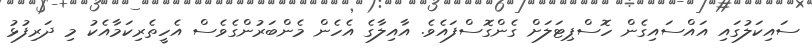
ސައިކަލުގައި އައްސައިގެން ހޮސްޕިޓަލަށް ގެންގޮސްފައެވެ. އާއިލާގެ އެހެން މެންބަރުންގެވެސް އެހީތެރިކަމާއެކު މި ދަރިފުޅު